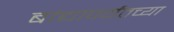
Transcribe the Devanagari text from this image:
बांद्यापर्यंतच्या